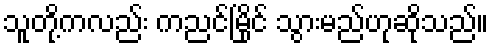
သူတို့ကလည်း ကညင်မြိုင် သွားမည်ဟုဆိုသည်။